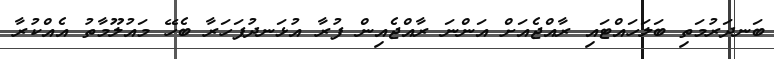
ބަނދަރުމަތި ބަލަހައްޓައި ރާއްޖެއަށް އަންނަ ރާއްޖެއިން ފުރާ އުޅަނދުފަހަރާ ބެހޭ މައުލޫމާތު އެއްކުރާ